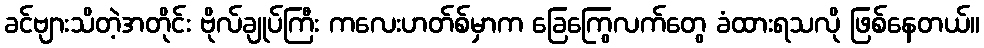
ခင်ဗျားသိတဲ့အတိုင်း ဗိုလ်ချုပ်ကြီး ကလေးဟတ်စ်မှာက ခြေကြွေလက်တွေ ခံထားရသလို ဖြစ်နေတယ်။